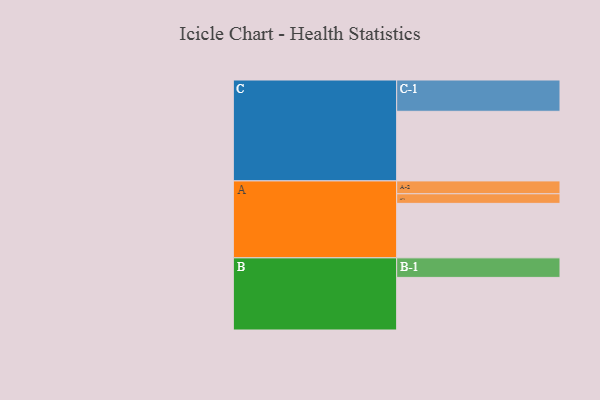
{"axis": {"x": "Segment", "y": "Value"}, "legend": ["", "A", "B", "C"], "data": [{"x": "A", "y": 432, "type": ""}, {"x": "B", "y": 417, "type": ""}, {"x": "C", "y": 552, "type": ""}, {"x": "A-1", "y": 76, "type": "A"}, {"x": "A-2", "y": 102, "type": "A"}, {"x": "B-1", "y": 155, "type": "B"}, {"x": "C-1", "y": 248, "type": "C"}]}